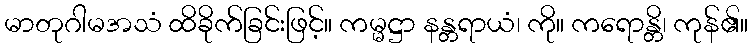
မာတုဂါမအသံ ထိခိုက်ခြင်းဖြင့်။ ကမ္မဋ္ဌာ နန္တရာယံ၊ ကို။ ကရောန္တိ၊ ကုန်၏။